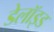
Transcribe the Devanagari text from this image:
डेलॉइड